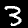
Label: 3